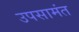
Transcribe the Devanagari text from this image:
उपसामंत